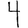
Digit: 4